画像に写った文字を読んでください
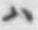
「ハ」と書いてあります